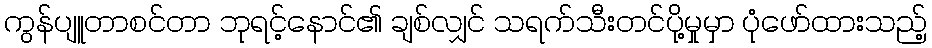
ကွန်ပျူတာစင်တာ ဘုရင့်နောင်၏ ချစ်လျှင် သရက်သီးတင်ပို့မှုမှာ ပုံဖော်ထားသည့်